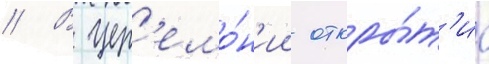
// В цер'емо́н'ии откры́т'иа